画像に写った文字を読んでください
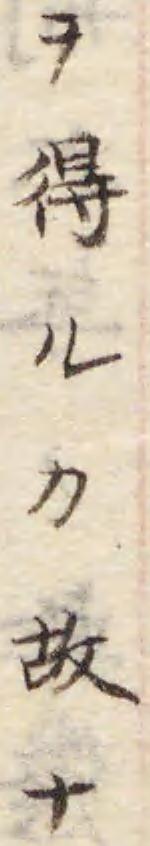
「ヲ得ルカ故ナ」と書いてあります